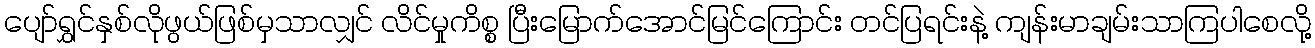
ပျော်ရွှင်နှစ်လိုဖွယ်ဖြစ်မှသာလျှင် လိင်မှုကိစ္စ ပြီးမြောက်အောင်မြင်ကြောင်း တင်ပြရင်းနဲ့ ကျန်းမာချမ်းသာကြပါစေလို့